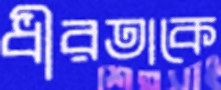
ধীরতাকে